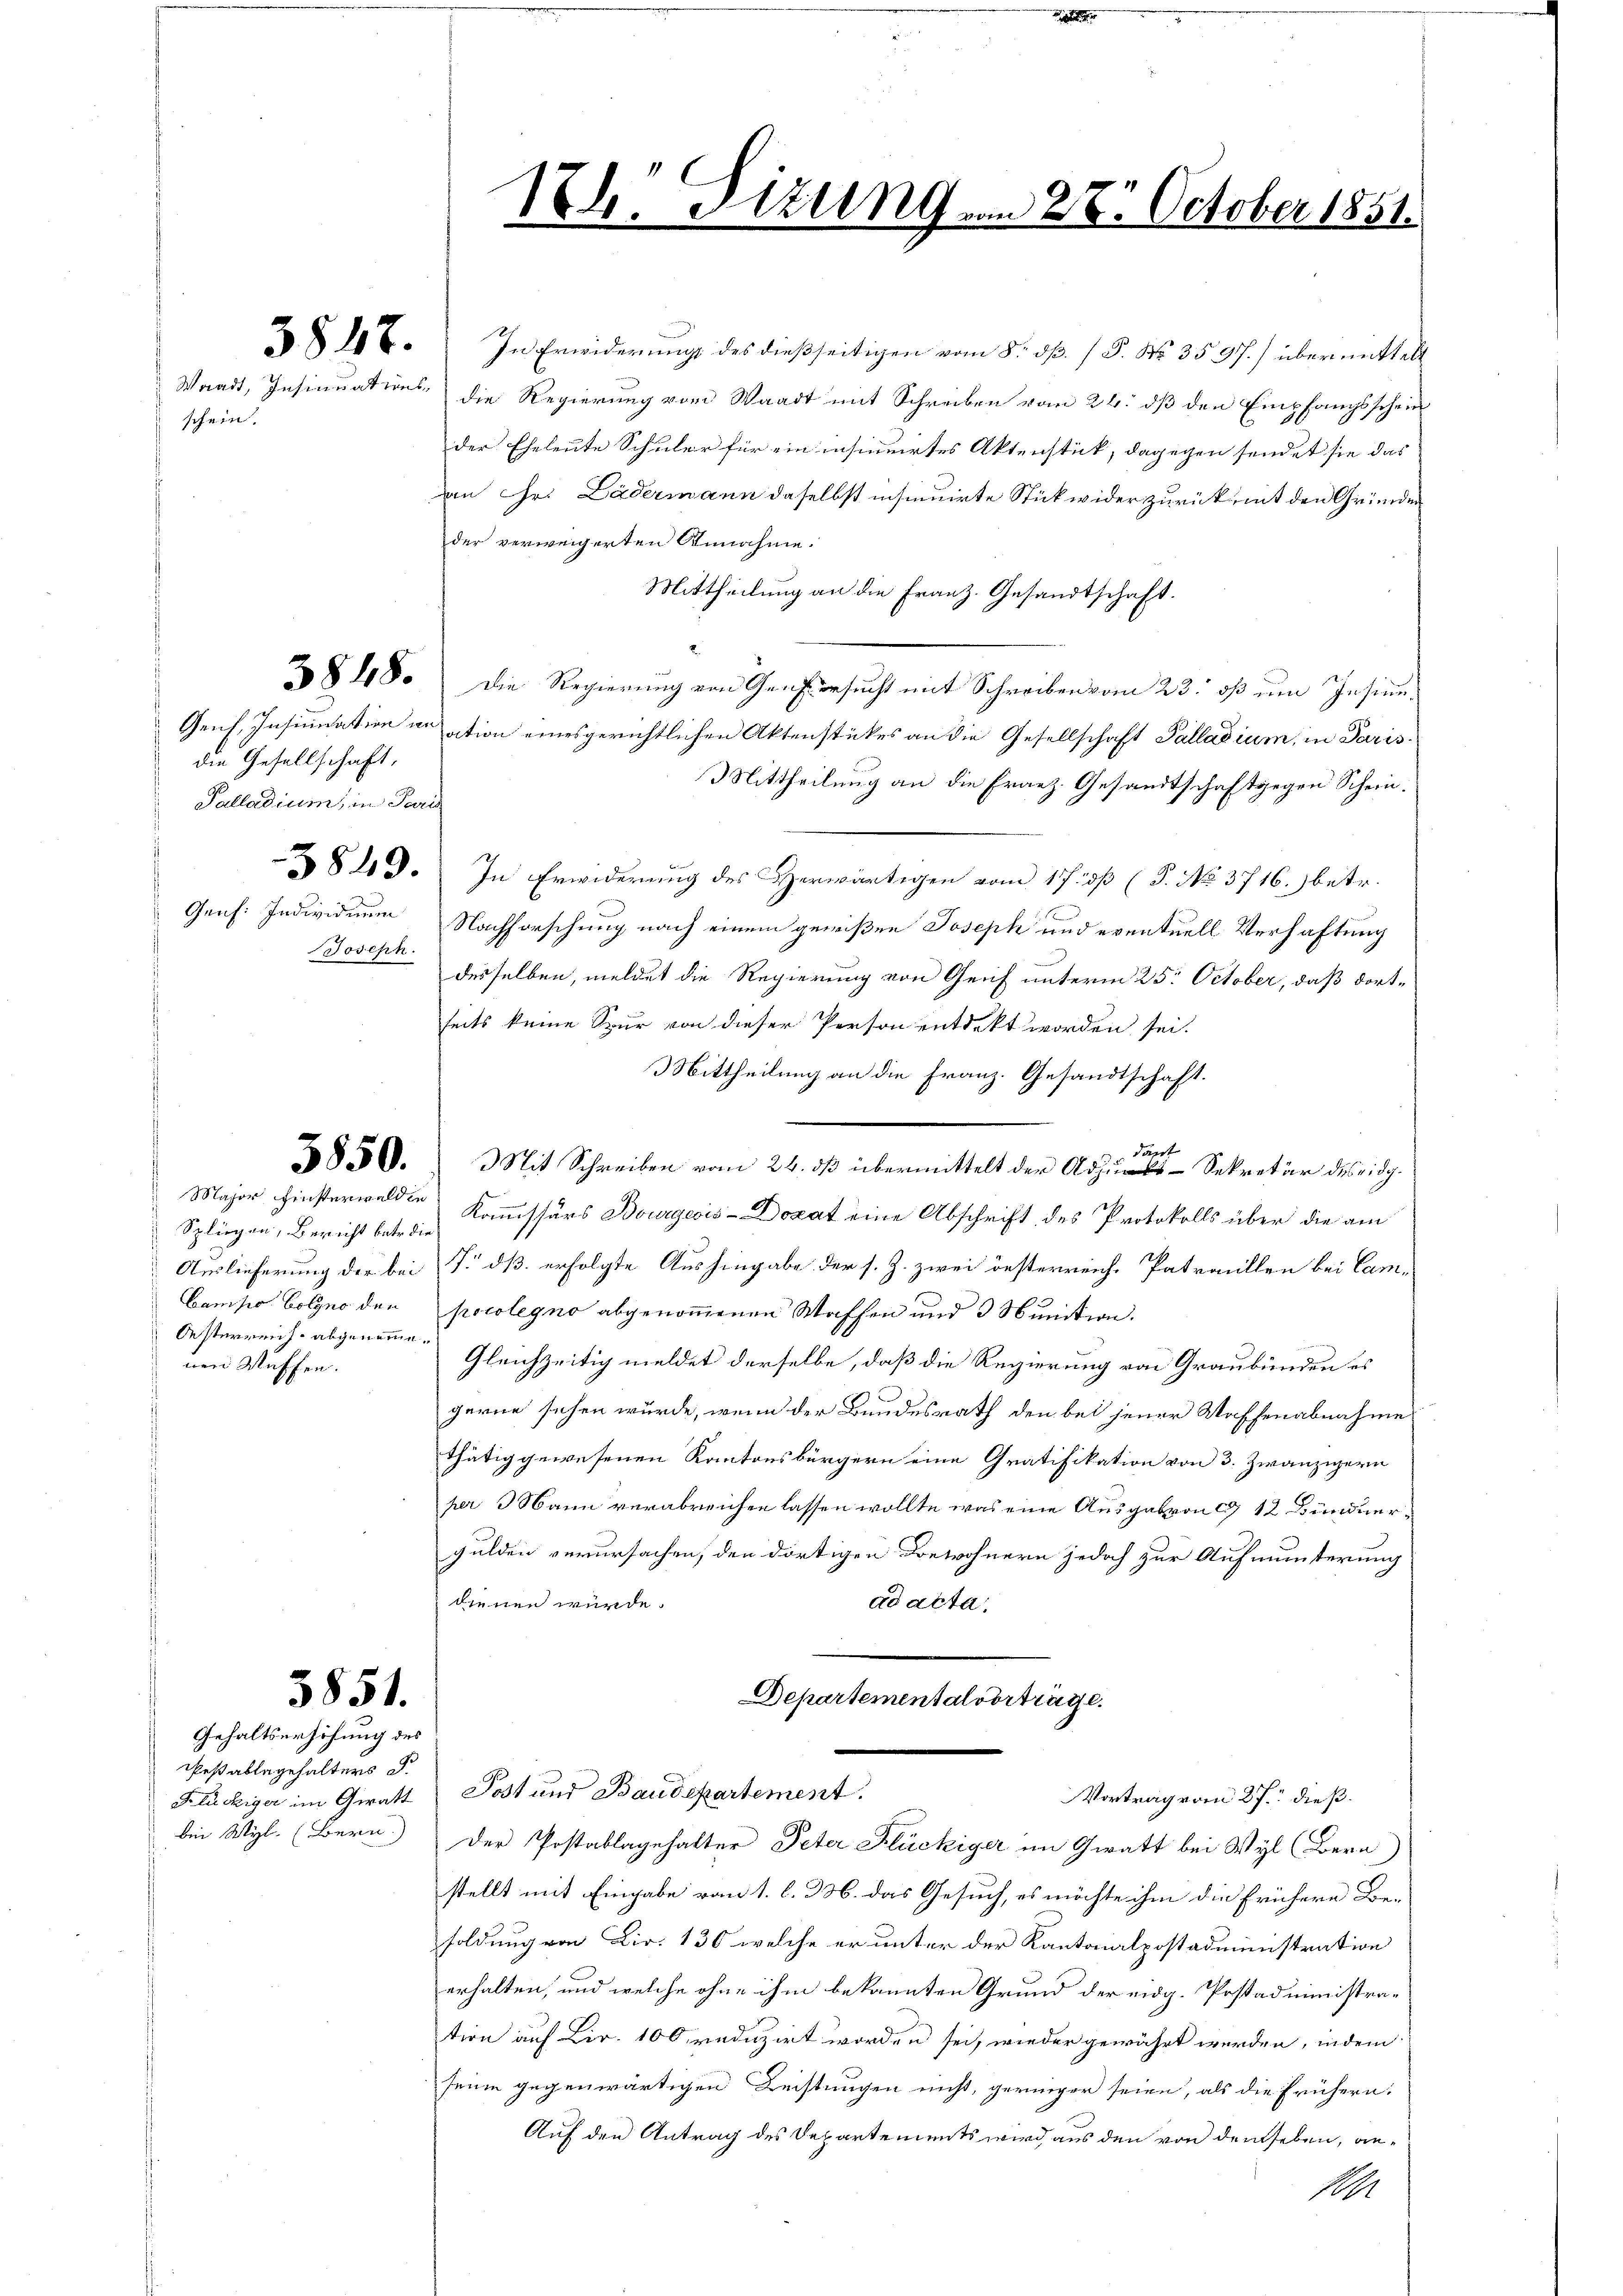
die Gesellschaft,
Palladium, in Pari
Joseph.

schein.

5850.

Spliegen, Bericht betr. die
Oesterreich abgenomme.
nen Muffen.

5851.

Gehaltserhöhung des
Peßablegehalters P.

187. In Erwiderung des dießseitigen vom 8. dß. / P. Nr. 35 J.) übermittel
Waadt, Insinuations- die Regierung vom Waadt mit Schreiben vom 24. dß den Empfangsschein
der Eheleute Schüler für ein insinuirtes Aktenstück, dagegen sendet sie das
an Hr. Lädermann daselbst insinuirte Stückwider zurück, mit den Gründen
der verweigerten Annahme.
Mittheilung an die Franz. Gesandtschaft.
2848. Die Regierung von Graf ersucht mit Schreiben vom 23. ds um Insinu¬
Genf, Insinuation anation einesgerichtlichen Aktenstückes an die Gesellschaft Palladium, in Paris.
Mittheilung an die Franz. Gesandtschaft gegen Schein.
84 d. In Erwiderung des Herwärtigen vom 17. dß (P. No. 3716.) betr.
Gens: Individuum Nachforschung nach einem gewißen Joseph und eventuell Verhaftung
desselben, meldet die Regierung von Genf unterm 25. October, daß dortseits keine Spur von dieser Person entdekt worden sei.
Mittheilung an die Franz. Gesandtschaft.
Dapet
Mit Schreiben vom 24. dß übermittelt der Aus Sekretär des eidg.
Major Finsterwalden Kommissärs Bourgeois-Dozat eine Abschrift des Protokolls über die am
Auslieferung der bei T. dß erfolgte Aushingabe der s. Z. zwei öesterreiche Patraillen bei Cam¬
Campo Eolgno den pocolegno abgenommenen Waffen und 3 Munition.
Gleichzeitig meldet derselbe, daß die Regierung von Graubünden es
gerne sehen würde, wenn der Bundesrath den bei jener Waffenabnahme
thätig gewesenen Kantonsbürgern eine Gratifikation von 3. Zwanzigern
her Mann verabreichen lassen wollte, was eine Ausgabeon ca 12 Bündner¬
Gulden verursachen, den dortigen Bewohnern jedoch zur Aufmunterung
dienen würde.
ad acta.
Departementalvorträge.
Klückiger im Geratt Post und Baudepartement.
Vortrag vom 27. dieß.
bei Wyl. (Bern. Der Postablagehalter Peter Flückiger im Gratt bei Wyl (Bern
stellt mit Eingabe vom 1. l. M. das Gesuch, es möchte ihm die frühern Besoldung von Lir. 130 welche er unter der Kantonalpostadministration
erhalten, und welche ohne ihm bekannten Grund der eidg. Postadministration auf Lir. 100 reduzirt worden sei, wieder gewährt werden, indem
seine gegenwärtigen Leistungen nicht, geringer seien, als die frühern,
Auf den Antrag des Departements wird aus den von denseben, an¬
11

1th. Sizung vom 28. October 1851.